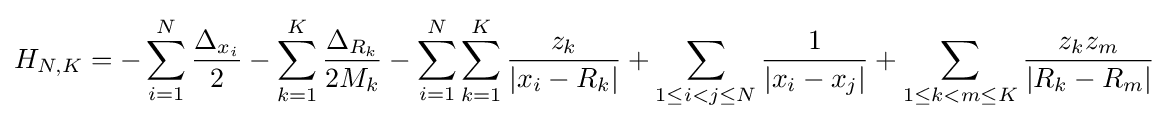
H_{N,K}=-\sum _{i=1}^{N}{\frac {\Delta _{x_{i}}}{2}}-\sum _{k=1}^{K}{\frac {\Delta _{R_{k}}}{2M_{k}}}-\sum _{i=1}^{N}\sum _{k=1}^{K}{\frac {z_{k}}{|x_{i}-R_{k}|}}+\sum _{1\leq i<j\leq N}{\frac {1}{|x_{i}-x_{j}|}}+\sum _{1\leq k<m\leq K}{\frac {z_{k}z_{m}}{|R_{k}-R_{m}|}}